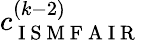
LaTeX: c_{\mathrm{~I~S~M~F~A~I~R~}}^{(k-2)}